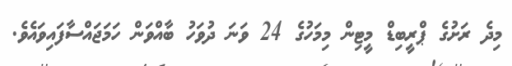
މިދެ ރަށުގެ ޕްރީބިޑް މީޓިން މިމަހުގެ 24 ވަނަ ދުވަހު ބާއްވަން ހަމަޖައްސާފައިވައެވެ.